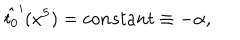
\hat { t _ { 0 } } ^ { \prime } ( x ^ { 5 } ) = c o n s t a n t \equiv - \alpha ,